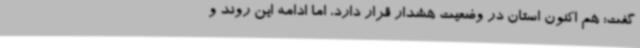
گفت: هم اکنون استان در وضعیت هشدار قرار دارد، اما ادامه این روند و